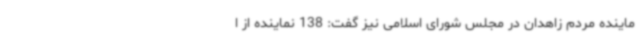
ماینده مردم زاهدان در مجلس شورای اسلامی نیز گفت: 138 نماینده از ا